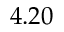
4 . 2 0